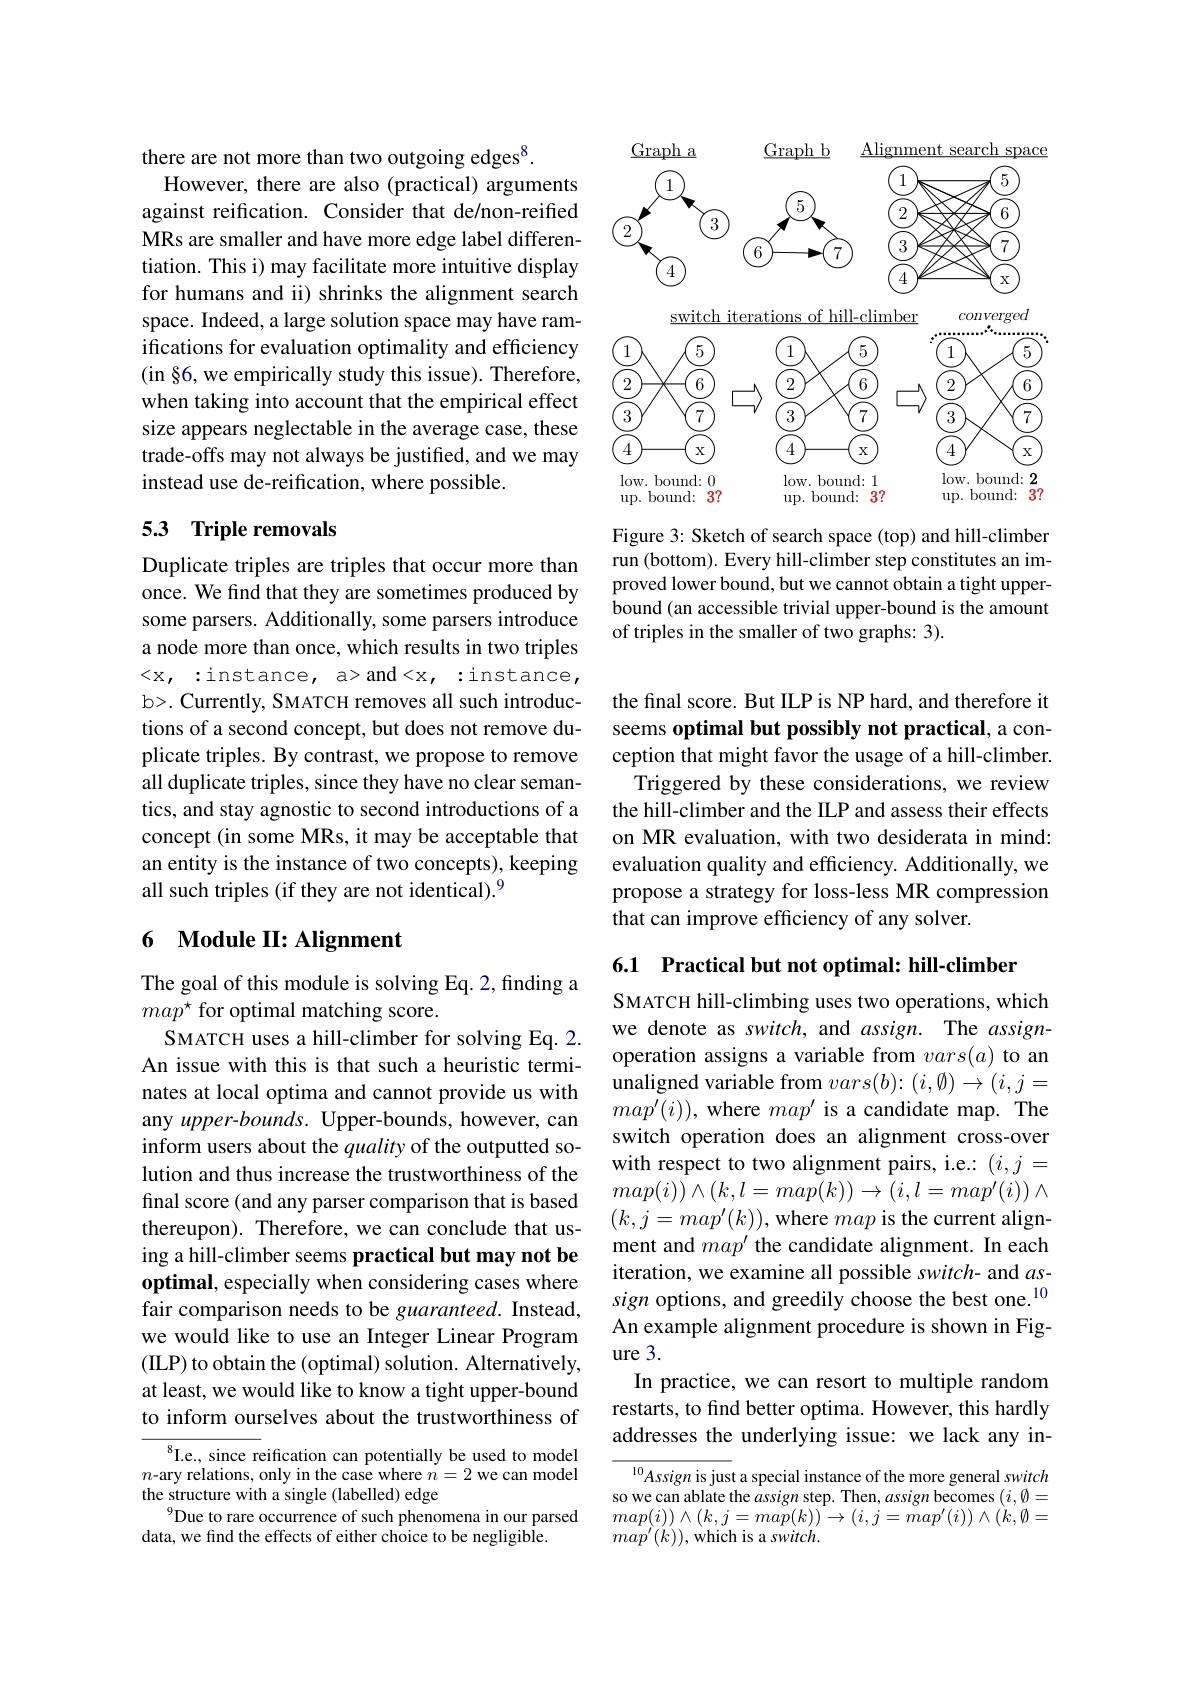
there are not more than two outgoing edges$^{8}.$
However, there are also (practical) arguments against reification. Consider that de/non-reified MRs are smaller and have more edge label differentiation. This i) may facilitate more intuitive display for humans and ii) shrinks the alignment search space. Indeed, a large solution space may have ramifications for evaluation optimality and efficiency (in §6, we empirically study this issue). Therefore, when taking into account that the empirical effect size appears neglectable in the average case, these trade-offs may not always be justified, and we may instead use de-reification, where possible.

## 5.3 Triple removals

Duplicate triples are triples that occur more than once. We find that they are sometimes produced by some parsers. Additionally, some parsers introduce a node more than once, which results in two triples < x, : instance, a> and< x, : instance, b>. Currently, SMATCH removes all such introductions of a second concept, but does not remove duplicate triples. By contrast, we propose to remove all duplicate triples, since they have no clear semantics, and stay agnostic to second introductions of a concept (in some MRs, it may be acceptable that an entity is the instance of two concepts), keeping all such triples (if they are not identical).$^{9}$

# 6 Module II: Alignment

The goal of this module is solving Eq. 2, finding a
$map^{\star}$ for optimal matching score.
SMATCH uses a hill-climber for solving Eq. 2. An issue with this is that such a heuristic terminates at local optima and cannot provide us with any upper-bounds. Upper-bounds, however, can inform users about the quality of the outputted solution and thus increase the trustworthiness of the final score (and any parser comparison that is based thereupon). Therefore, we can conclude that using a hill-climber seems practical but may not be optimal, especially when considering cases where fair comparison needs to be guaranteed. Instead, we would like to use an Integer Linear Program (ILP) to obtain the (optimal) solution. Alternatively, at least, we would like to know a tight upper-bound to inform ourselves about the trustworthiness of
$^{8}$I.e., since reification can potentially be used to model

$n$-ary relations, only in the case where $n=2$ we can model
the structure with a single (labelled) edge
$^{9}$Due to rare occurrence of such phenomena in our parsed
data, we find the effects of either choice to be negligible.

<FigureHere>

Figure 3: Sketch of search space (top) and hill-climber run (bottom). Every hill-climber step constitutes an improved lower bound, but we cannot obtain a tight upperbound (an accessible trivial upper-bound is the amount of triples in the smaller of two graphs: 3).

the final score. But ILP is NP hard, and therefore it seems optimal but possibly not practical, a conception that might favor the usage of a hill-climber.
Triggered by these considerations, we review the hill-climber and the ILP and assess their effects on MR evaluation, with two desiderata in mind: evaluation quality and efficiency. Additionally, we propose a strategy for loss-less MR compression that can improve efficiency of any solver.

6.1 Practical but not optimal: hill-climber

SMATCH hill-climbing uses two operations, which we denote as switch, and assign. The assignoperation assigns a variable from $vars(a)$ to an unaligned variable from $vars(b)\colon(i,\emptyset)\to(i,j=$ $map^{\prime}(i))$, where $map^\prime$ is a candidate map. The switch operation does an alignment cross-over with respect to two alignment pairs, i.e.: $(i,j=$ $map(i))\wedge(k,l=map(k))\to(i,l=map^{\prime}(i))\wedge$ $(k,j=map^{\prime}(k))$,where map is the current alignment and $map^\prime$ the candidate alignment. In each iteration, we examine all possible switch- and $as-$ sign options, and greedily choose the best one.$^{10}$ An example alignment procedure is shown in Figure 3.
In practice, we can resort to multiple random restarts, to find better optima. However, this hardly addresses the underlying issue: we lack any in-

${^{10}Assign\text{ is jus}}$t a special instance of the more general switch so we can ablate the assign step. Then, assign becomes $(i,\emptyset=$ $map(i))\wedge(k,j=map(k))\rightarrow(i,j=map^{\prime}(i))\wedge(k,\emptyset=$ $map^{\prime}(k))$,which is a switch